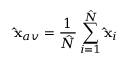
\mathbf { \hat { x } } _ { a v } = \frac { 1 } { \hat { N } } \sum _ { i = 1 } ^ { \hat { N } } \mathbf { \hat { x } } _ { i }